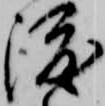
渡